Annual report on the lock hospitals of the Madras Presidency
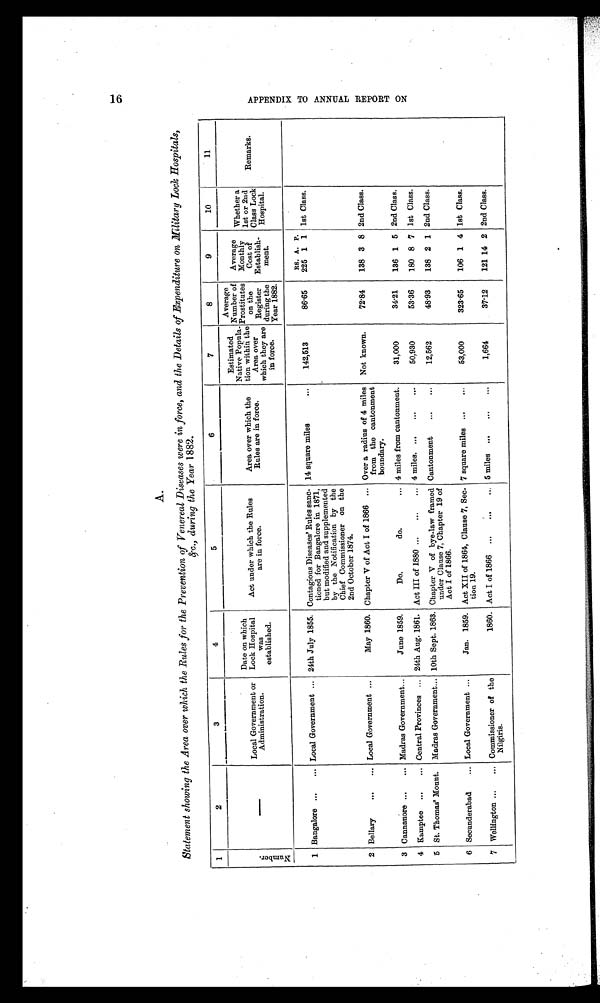
1 6
A.
Statement showing the Area over which the Rules for the Prevention of Venereal Diseases were in force, and the Details of Expenditure on Military Lock Hospitals,
&c., during the Year 1882.
1
2
3
4
5
6
7
8
9
10
11
N u m b e r .
—
Local Government or
Administration.
Date on which
Lock Hospital
was
established.
Act under which the Rules
are in force.
Area over which the
Rules are in force.
Estimated
Native Popula-
tion within the
Area over
which they are
in force.
Average of
Number
Prostitutes
on the
Register
during the
Year 1882.
Average
Monthly
Cost of
Establish-
ment.
Whether a
1st or 2nd
Class Lock
Hospital.
Remarks.
1 Bangalore ...
... Local Government ... 24th July 1855. Contagious Diseases' Rules sanc-
tioned for Bangalore in 1871,
but modified and supplemented
by the Notification by the
Chief Commissioner on the
2nd October 1874.
14 square miles
...
142,513
86.65
RS.
225
A.
1
P.
1 1st Class.
2 Bellary
...
... Local Government ...
May 1860. Chapter V of Act I of 1866 ... Over a radius of 4 miles
from the cantonment
boundary.
Not known.
72.84
138 3 8 2nd Class.
3 Cannanore ...
... Madras Government...
June 1859.
Do. do.
... 4 miles from cantonment.
31,000
34.21
136 1 5 2nd Class.
4 Kamptee ...
... Central Provinces ... 24th Aug. 1861. Act III of 1880 ...
...
... 4 miles. ...
...
...
50,930
53.36
180 8 7 1st Class.
5 St. Thomas' Mount. Madras Government... 10th Sept. 1863. Chapter V of bye-law framed
under Clause 7, Chapter 19 of
Act I of 1866.
Cantonment
...
...
12,562
48.93
138 2 1 2nd Class.
6 Secunderabad
... Local Government ...
Jan. 1859. Act XII of 1864, Clause 7, Sec-
tion 19.
7 square miles ...
...
53,000
323.65
106 1 4 1st Class.
7 Wellington ...
... Commissioner of the
Nilgiris.
1860. Act I of 1866 ...
...
... 5 miles ...
...
...
1,664
37.12
121 14 2 2nd Class.
A P P E N D I X T O A N N U A L R E P O R T O N